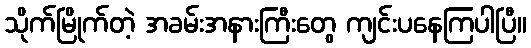
သိုက်မြိုက်တဲ့ အခမ်းအနားကြီးတွေ ကျင်းပနေကြပါပြီ။